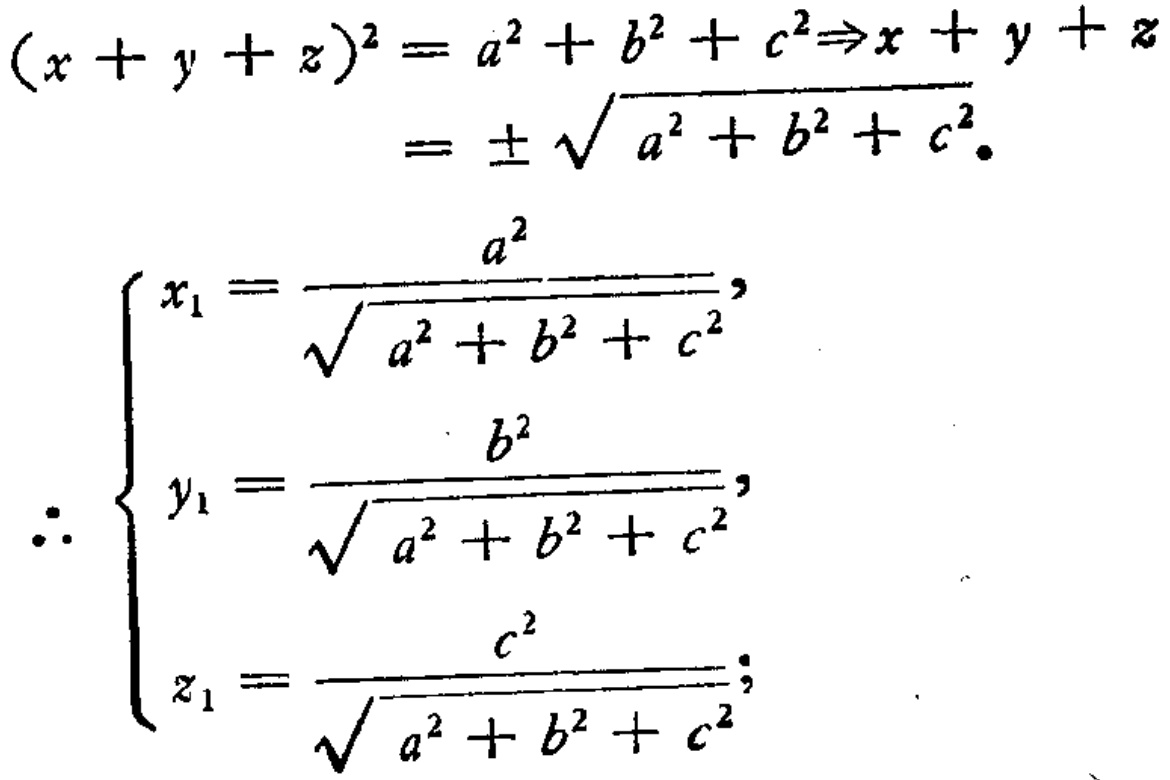
\[
\begin{align*}
(x + y + z)^2&=a^2 + b^2 + c^2\Rightarrow x + y + z\\
&=\pm\sqrt{a^2 + b^2 + c^2}.
\end{align*}
\]
\[
\therefore
\begin{cases}
x_1 = \dfrac{a^2}{\sqrt{a^2 + b^2 + c^2}},\\
y_1 = \dfrac{b^2}{\sqrt{a^2 + b^2 + c^2}},\\
z_1 = \dfrac{c^2}{\sqrt{a^2 + b^2 + c^2}};
\end{cases}
\]